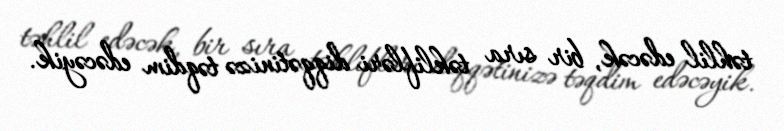
təhlil edəcək, bir sıra təklifləri diqqətinizə təqdim edəcəyik.